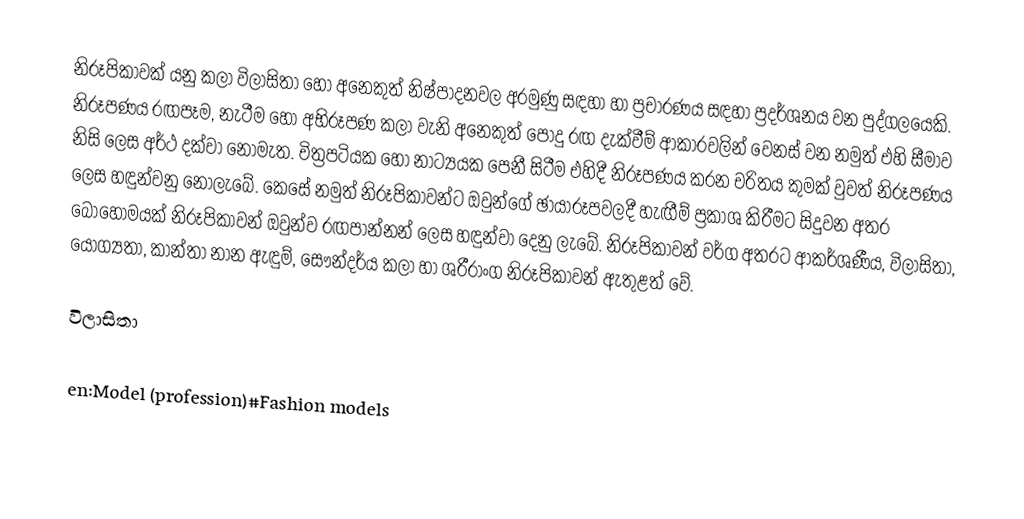
නිරූපිකාවක් යනු කලා විලාසිතා හෝ අනෙකුත් නිෂ්පාදනවල අරමුණු සඳහා හා ප්‍රචාරණය සඳහා ප්‍රදර්ශනය වන පුද්ගලයෙකි. නිරූපණය රඟපෑම, නැටීම හෝ අභිරූපණ කලා වැනි අනෙකුත් පොදු රඟ දැක්වීම් ආකාරවලින් වෙනස් වන නමුත් එහි සීමාව නිසි ලෙස අර්ථ දක්වා නොමැත. චිත්‍රපටියක හෝ නාට්‍යයක පෙනී සිටීම එහිදී නිරූපණය කරන චරිතය කුමක් වුවත් නිරූපණය ලෙස හඳුන්වනු නොලැබේ. කෙසේ නමුත් නිරූපිකාවන්ට ඔවුන්ගේ ඡායාරූපවලදී හැඟීම් ප්‍රකාශ කිරීමට සිදුවන අතර බොහෝමයක් නිරූපිකාවන් ඔවුන්ව රඟපාන්නන් ලෙස හඳුන්වා දෙනු ලැබේ. නිරූපිකාවන් වර්ග අතරට ආකර්ශණීය, විලාසිතා, යෝග්‍යතා, කාන්තා නාන ඇඳුම්, සෞන්දර්ය කලා හා ශරීරාංග නිරූපිකාවන් ඇතුළත් වේ.

විලාසිතා

en:Model (profession)#Fashion models